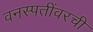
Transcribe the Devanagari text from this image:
वनस्पतींवरची